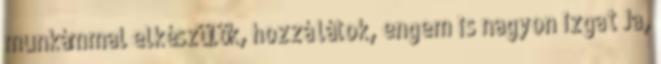
munkámmal elkészülök, hozzá látok, engem is nagyon izgat Ja,